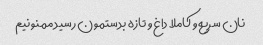
نان سریع و کاملا داغ و تازه بدستمون رسید ممنونیم